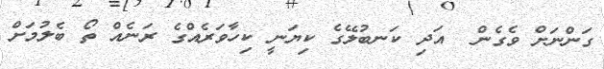
ގަންނަށް ވެގެން  އަދި ކަނބުލޭގެ ކިޔަނީ ކިހާވަރެއްގެ ރަނެއް ތޯ ބެލުމަށް